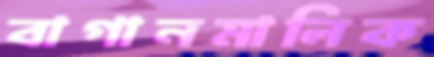
বাগানমালিক